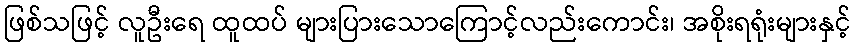
ဖြစ်သဖြင့် လူဦးရေ ထူထပ် များပြားသောကြောင့်လည်းကောင်း၊ အစိုးရရုံးများနှင့်